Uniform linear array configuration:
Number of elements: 64
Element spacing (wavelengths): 0.25
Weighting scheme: blackman
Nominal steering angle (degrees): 0
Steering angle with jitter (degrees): -1.547
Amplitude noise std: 0.05
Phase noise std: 0.05

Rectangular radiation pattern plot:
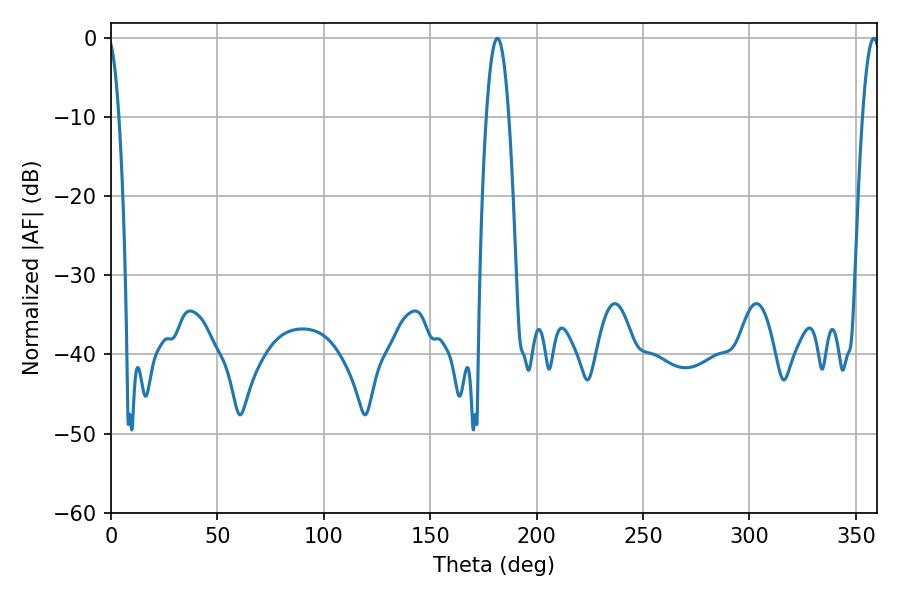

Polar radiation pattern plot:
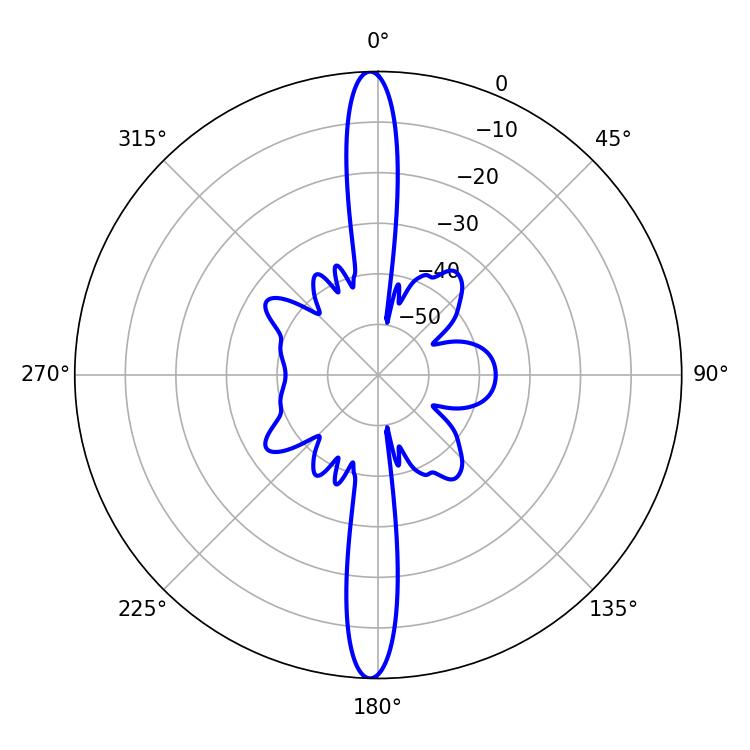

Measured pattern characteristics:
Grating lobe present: FALSE
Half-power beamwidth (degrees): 5.76
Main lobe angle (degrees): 181.62